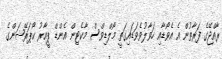
ރާއްޖޭގެ ފަރާތުން އެ އެވޯޑާއި ހަވާލުވެވަޑައިގަތީ މޯލްޑިވްސް މާކެޓިން އެންޑް ޕީއާރު ކޯޕަރޭޝަންގެ